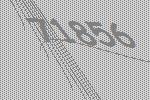
71856